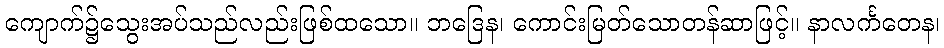
ကျောက်၌သွေးအပ်သည်လည်းဖြစ်ထသော။ ဘဒြေန၊ ကောင်းမြတ်သောတန်ဆာဖြင့်။ နာလင်္ကတေန၊